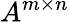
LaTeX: A^{m\times n}